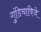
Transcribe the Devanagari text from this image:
गुंडिचाविजे